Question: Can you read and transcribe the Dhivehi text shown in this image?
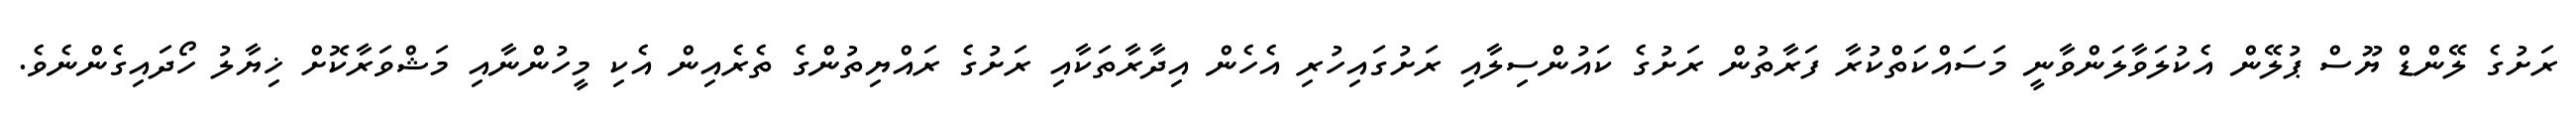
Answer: ރަށުގެ ލޭންޑް ޔޫސް ޕުލޭން އެކުލަވާލަންވާނީ މަސައްކަތްކުރާ ފަރާތުން ރަށުގެ ކައުންސިލާއި ރަށުގައިހުރި އެހެން އިދާރާތަކާއި ރަށުގެ ރައްޔިތުންގެ ތެރެއިން އެކި މީހުންނާއި މަޝްވަރާކޮށް ޚިޔާލު ހޯދައިގެންނެވެ.